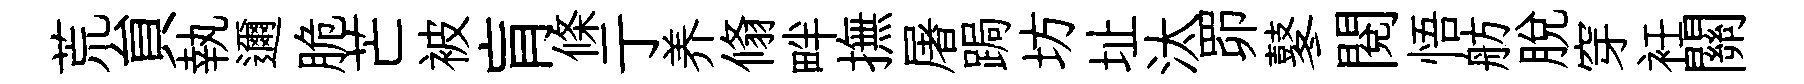
荒貟執邇脆芒被肓條亍养翛畔撫屠跼坊址汰𦊑鼕閲悟舫脱穿衽關